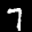
Label: 7